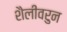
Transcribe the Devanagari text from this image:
शैलीवरुन